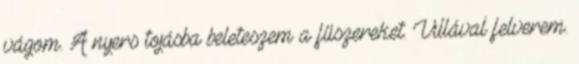
vágom. A nyers tojásba beleteszem a fűszereket. Villával felverem.